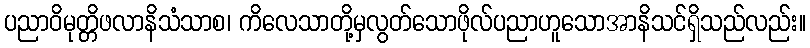
ပညာဝိမုတ္တိဖလာနိသံသာစ၊ ကိလေသာတို့မှလွတ်သောဖိုလ်ပညာဟူသောအာနိသင်ရှိသည်လည်း။